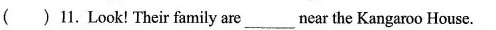
()11.Look! Their family are ___ near the Kangaroo House.